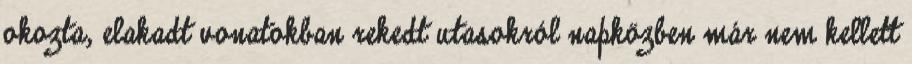
okozta, elakadt vonatokban rekedt utasokról napközben már nem kellett